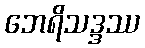
ဘေရိသဒ္ဒဿ